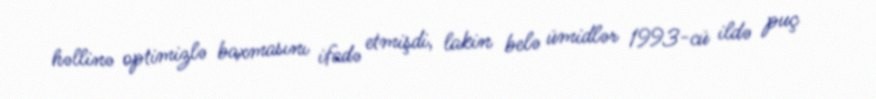
həllinə optimizlə baxmasını ifadə etmişdi, lakin belə ümidlər 1993-cü ildə puç